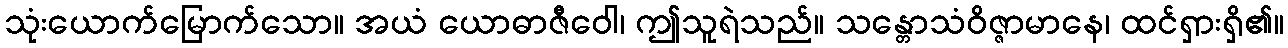
သုံးယောက်မြောက်သော။ အယံ ယောဓာဇီဝေါ၊ ဤသူရဲသည်။ သန္တောသံဝိဇ္ဇာမာနေ၊ ထင်ရှားရှိ၏။